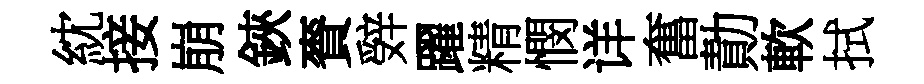
紞接崩鋏賚辤躍精憫详奮勣軟拭